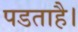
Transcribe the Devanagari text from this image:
पडताहै।